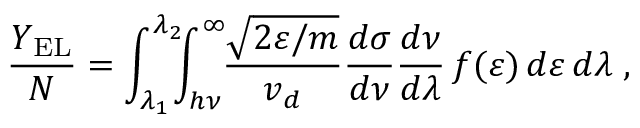
\frac { Y _ { \mathrm { E L } } } { N } = \int _ { \lambda _ { 1 } } ^ { \lambda _ { 2 } } \! \! \! \int _ { h \nu } ^ { \infty } \! \! \frac { \sqrt { 2 \varepsilon / m } } { v _ { d } } \frac { d \sigma } { d \nu } \frac { d \nu } { d \lambda } \, f ( \varepsilon ) \, d \varepsilon \, d \lambda \; ,